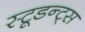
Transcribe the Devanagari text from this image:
स्टूडन्ट्स